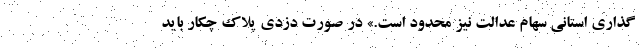
‌گذاری استانی سهام عدالت نیز محدود است.» در صورت دزدی پلاک چکار باید